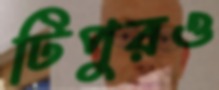
টিপুরও